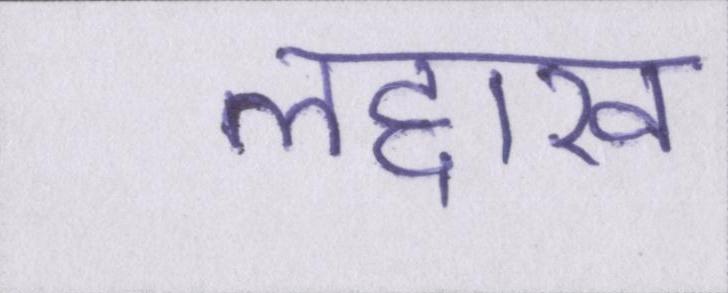
लद्दाख